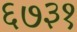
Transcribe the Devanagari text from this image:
६७३१